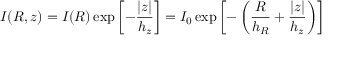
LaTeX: I ( R , z ) = I ( R ) \exp \left[ - { \frac { \vert z \vert } { h _ { z } } } \right] = I _ { 0 } \exp \left[ - \left( { \frac { R } { h _ { R } } } + { \frac { \vert z \vert } { h _ { z } } } \right) \right]